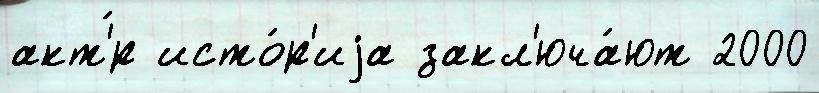
акт'́р исто́р'иjа закл'юча́ют 2000